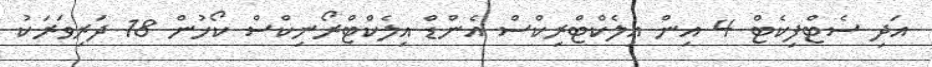
އަދި ސެޓްފިކެޓް 4 އިން އިލެކްޓްރިކްސް އެންޑް އިލެކްޓްރޯނިކްސް ކޯހުން 18 ދަރިވަރަކު